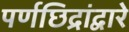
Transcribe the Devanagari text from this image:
पर्णछिद्रांद्वारे